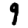
Digit: 9